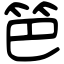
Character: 笆